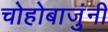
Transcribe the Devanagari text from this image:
चोहोबाजुंनी